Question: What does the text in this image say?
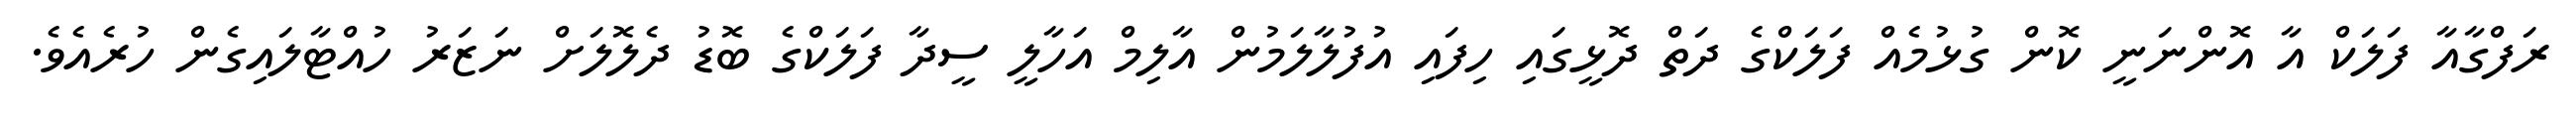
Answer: ރަފްގާއާ ފަލަކް އާ އޮންނަނީ ކޮން ގުޅުމެއް ފަލަކްގެ ދަތް ދޮޅީގައި ހިފައި އުފުލާލަމުން އާލިމް އަހާލީ ސީދާ ފަލަކްގެ ބޮޑު ދެލޮލަށް ނަޒަރު ހުއްޓާލައިގެން ހުރެއެވެ.